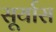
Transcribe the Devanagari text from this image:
सूर्यास